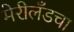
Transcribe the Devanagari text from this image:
मेरीलँडचा